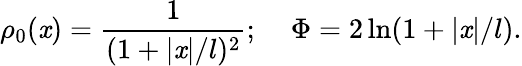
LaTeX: \rho_{0}(\mathit{x})={\frac{{1}}{{(1+|\mathit{x}|/l)^{2}}}};\; \; \; \; \Phi=2\ln(1+|\mathit{x}|/l).